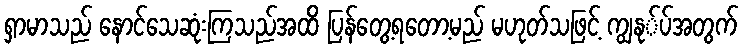
ရှာမာသည် နောင်သေဆုံးကြသည်အထိ ပြန်တွေ့ရတော့မည် မဟုတ်သဖြင့် ကျွနု်ပ်အတွက်